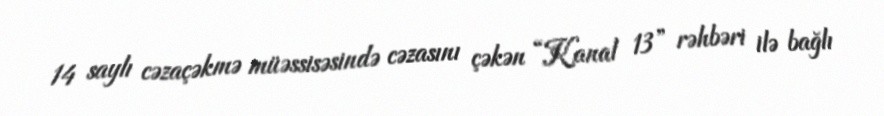
14 saylı cəzaçəkmə müəssisəsində cəzasını çəkən “Kanal 13” rəhbəri ilə bağlı